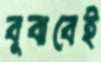
বুঝবেই